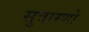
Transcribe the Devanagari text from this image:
सुत्राम्णो